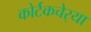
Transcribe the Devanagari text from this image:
कोर्टकचेर्‍या